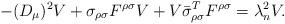
LaTeX: \begin{align*}- (D_\mu)^2 V + \sigma_{\rho\sigma} F^{\rho\sigma} V + V \bar{\sigma}_{\rho\sigma}^{T} F^{\rho\sigma} = \lambda_{n}^{2} V .\end{align*}